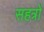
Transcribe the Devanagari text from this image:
सहत्रों